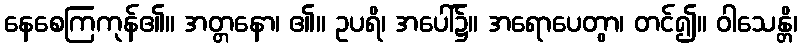
နေစေကြကုန်၏။ အတ္တနော၊ ၏။ ဥပရိ၊ အပေါ်၌။ အရောပေတွာ၊ တင်၍။ ဝါသေန္တိ၊